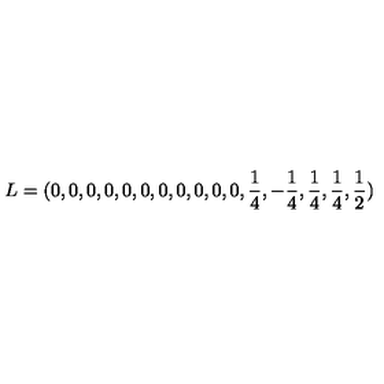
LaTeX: L = ( 0 , 0 , 0 , 0 , 0 , 0 , 0 , 0 , 0 , 0 , 0 , { \frac { 1 } { 4 } } , - { \frac { 1 } { 4 } } , { \frac { 1 } { 4 } } , { \frac { 1 } { 4 } } , { \frac { 1 } { 2 } } )